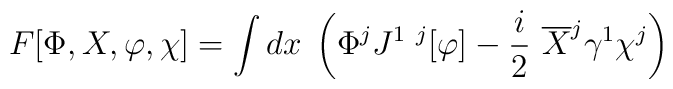
F[\Phi,X ,\varphi,\chi] =\int dx\;\left(\Phi^j J^{1~j}[\varphi ]- \frac i2~\overline X^j \gamma^1 \chi^j \right)